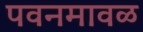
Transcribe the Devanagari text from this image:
पवनमावळ